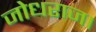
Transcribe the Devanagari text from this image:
जोधराज।